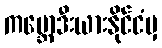
ကမ္ဘောဒီးယားနိုင်ငံမှ